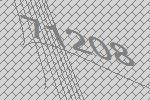
71208